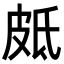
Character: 𭽣